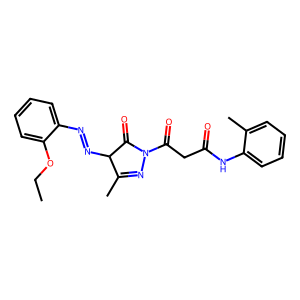
SMILES: CCOc1ccccc1N=NC1C(=O)N(C(=O)CC(=O)Nc2ccccc2C)N=C1C
Inhibits HIV replication: No